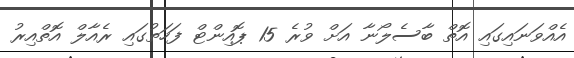
އެއްވަނައިގައި އޮތް ބާސެލޯނާ އަށް ވުރެ 15 ޕޮއިންޓް ފަހަތުގައި ރެއާލް އޮތްއިރު